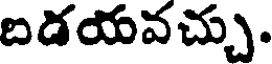
బడయవచ్చు.